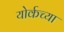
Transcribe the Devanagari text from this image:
योर्कच्या